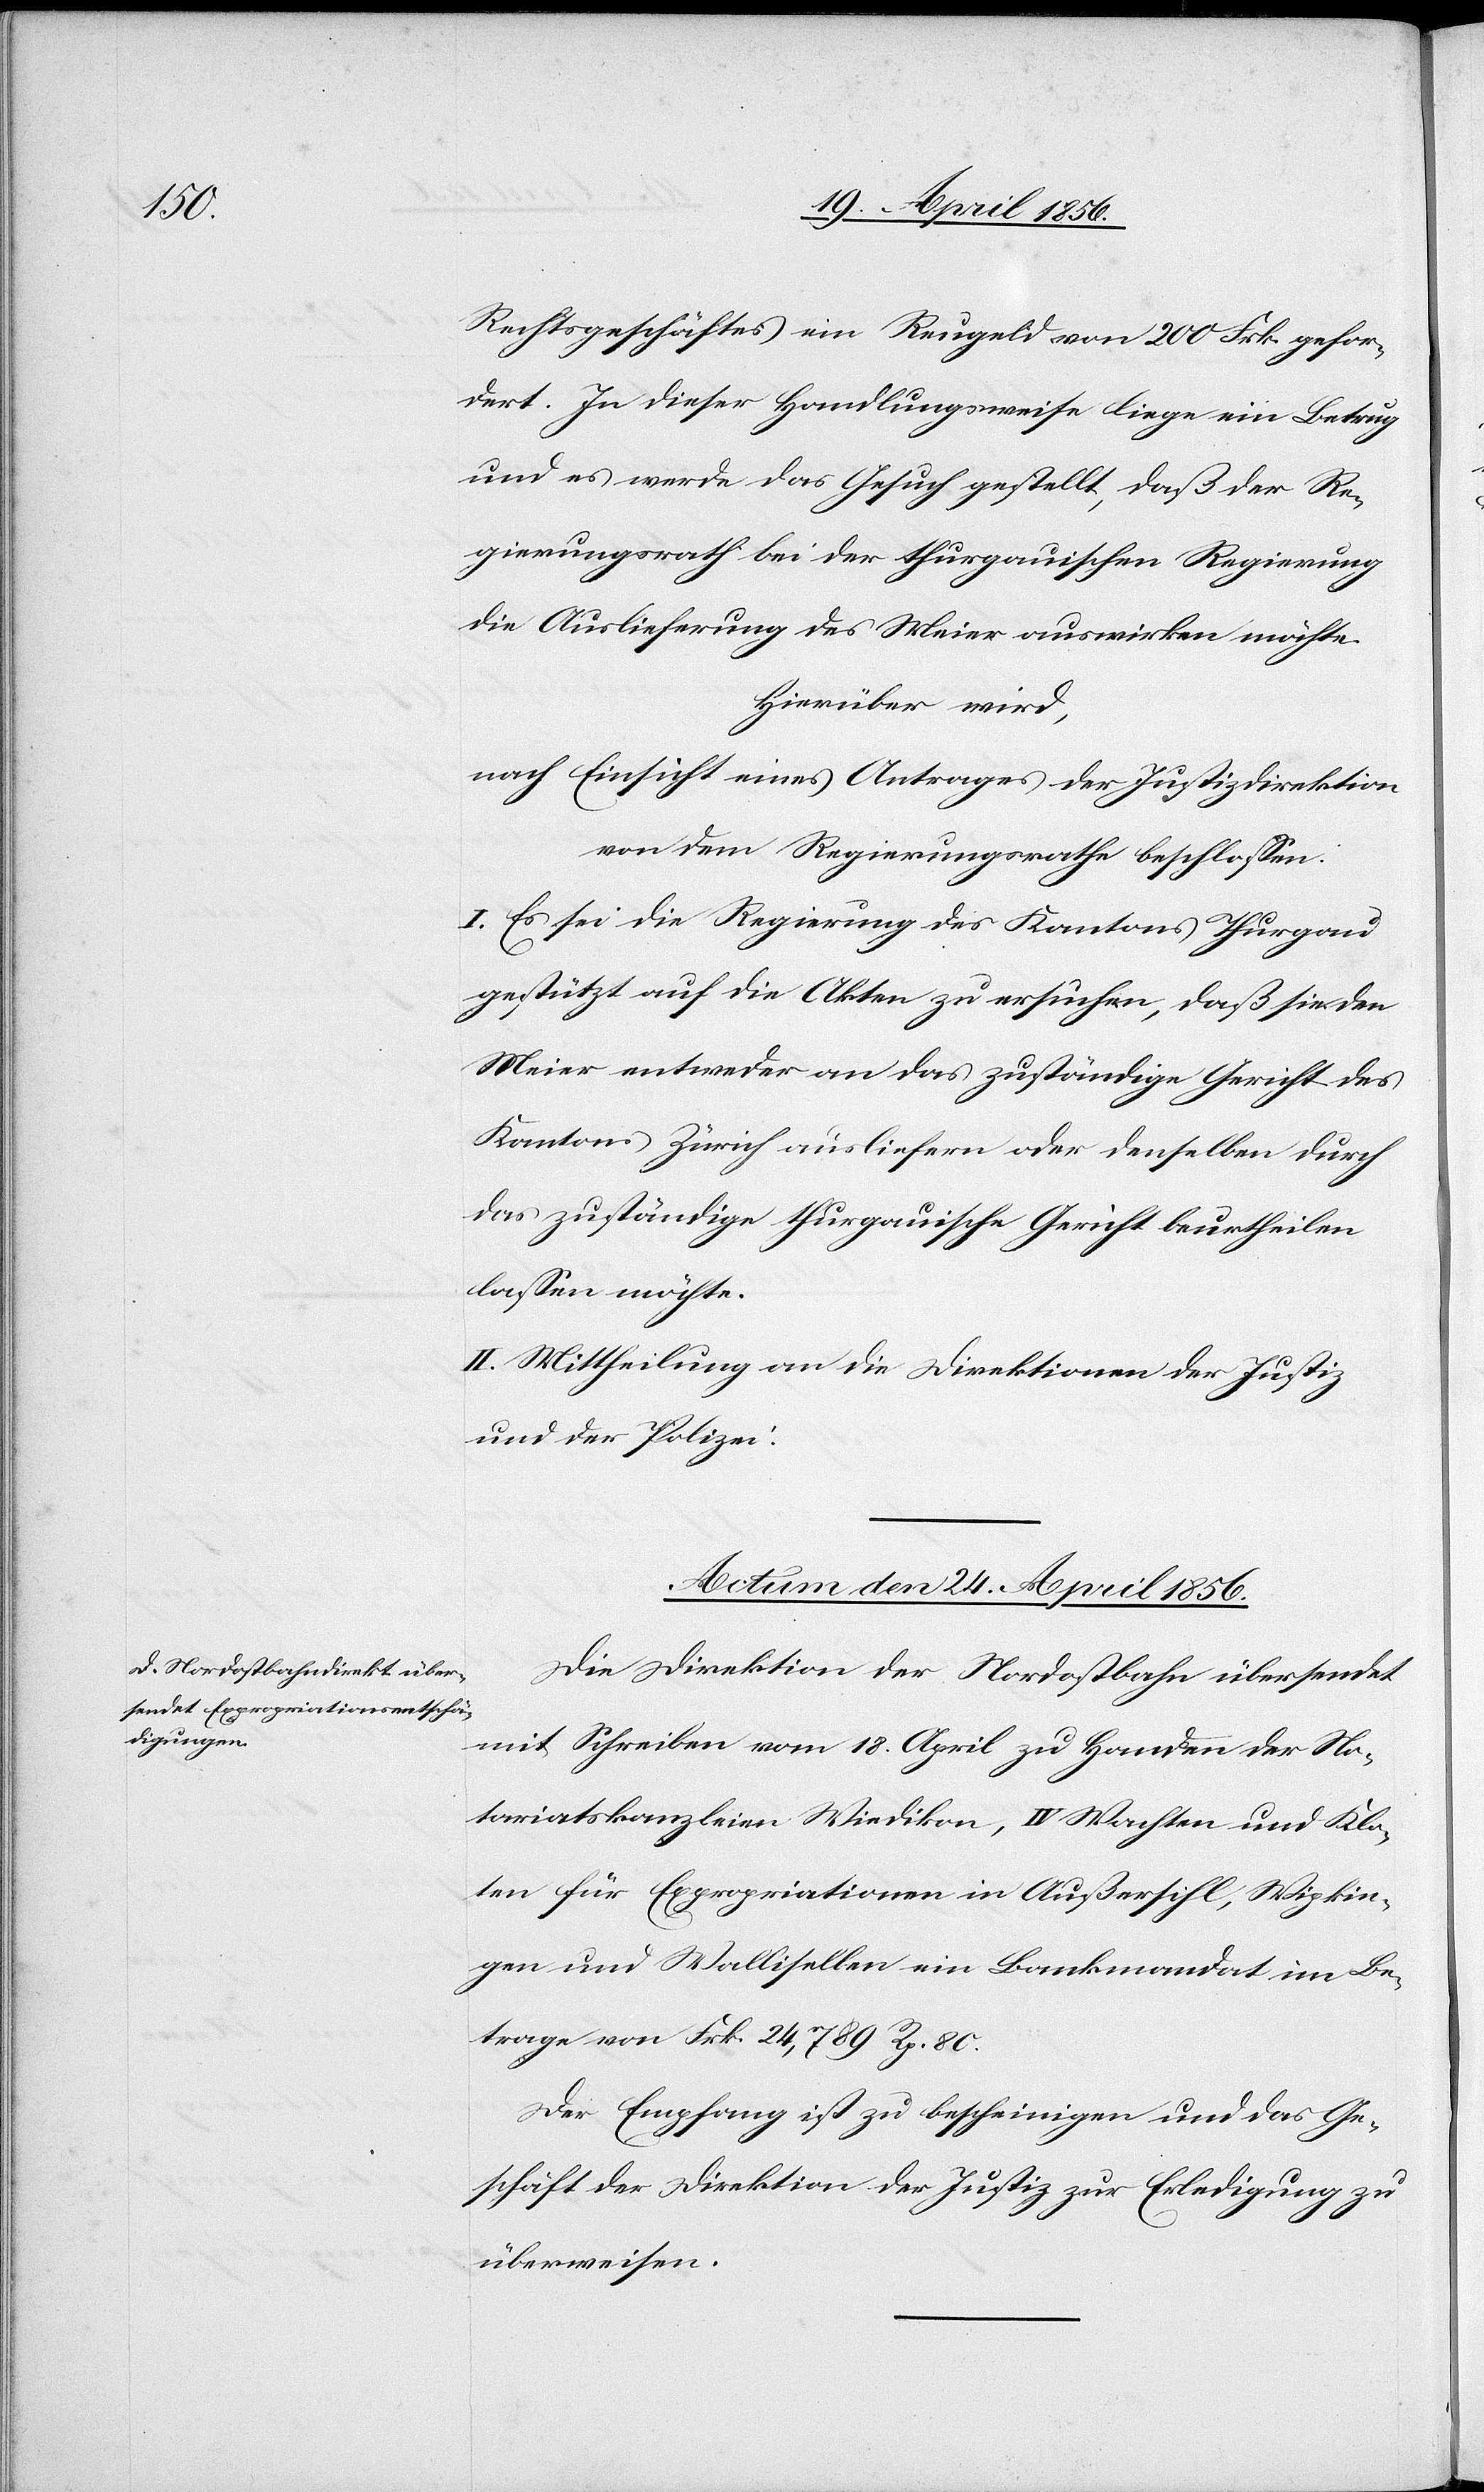
Rechtsgeschäftes ein Reugeld von 200 Frk. gefor¬
dert. In dieser Handlungsweise liege ein Betrug
und es werde das Gesuch gestellt, das der Re¬
gierungsrath bei der thurgauischen Regierung
die Auslieferung des Meier auswirken möchte.
Hierüber wird,
nach Einsicht eines Antrages der Justizdirektion
von dem Regierungsrathe beschlossen:
I. Es sei die Regierung des Kantons Thurgau
gestützt auf die Akten zu ersuchen, daß sie den
Meier entweder an das zuständige Gericht des
Kantons Zürich ausliefern oder denselben durch
das zuständige thurgauische Gericht beurtheilen
lassen möchte.
II. Mittheilung an die Direktionen der Justiz
und der Polizei.
Actum den 24. April 1856.
Die Direktion der Nordostbahn übersendet
mit Schreiben vom 18. April zu Handen der No¬
tariatskanzleien Wiedikon, IV Wachten und Klo¬
ten für Expropriationen in Außersihl, Wipkin¬
gen und Wallisellen ein Bankmandat im Be¬
trage von Frk. 24,789 Rp. 80.
Der Empfang ist zu bescheinigen und das Ge¬
schäft der Direktion der Justiz zur Erledigung zu
überweisen.